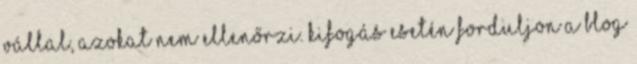
vállal, azokat nem ellenőrzi. Kifogás esetén forduljon a blog